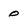
Character: 0